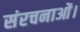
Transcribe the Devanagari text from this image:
संरचनाओं।